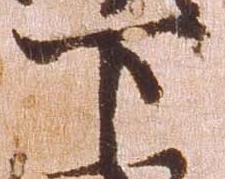
下